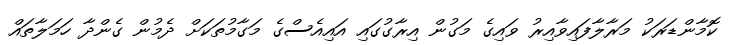
ކޮމާންޑަރަކު މަރާލާފައިވާއިރު ވައިގެ މަގުން އިރާގުގައި އައިއެސްގެ މަގާމުތަކަށް ދެމުން ގެންދާ ހަމަލާތައް